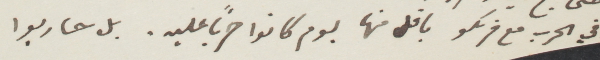
في الحرب مع فرنكو ياعلى منها يوم كانوا حربًا عليه، بل حاربوا